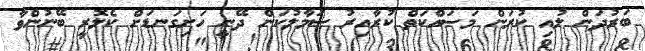
ބަރުދަން ލުއި ކުރަން މަސައްކަތް ކުރާއިރު ސަމާލުކަން ދޭނީ ހަށިގަނޑަށް ކެލޮރީ ބޭނުންވާ